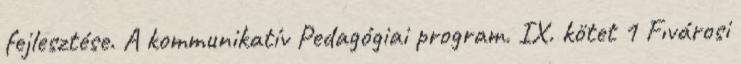
fejlesztése. A kommunikatív Pedagógiai program. IX. kötet 1 Fıvárosi